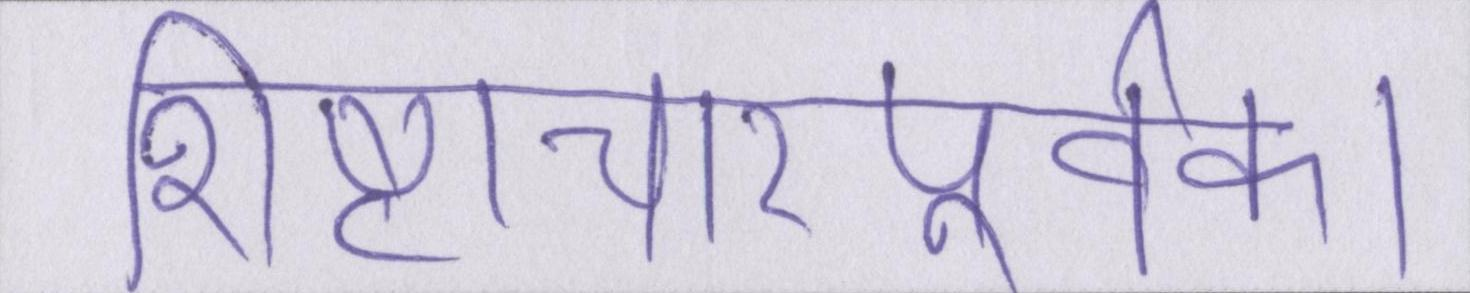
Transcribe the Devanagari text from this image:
शिष्टाचारपूर्वक।